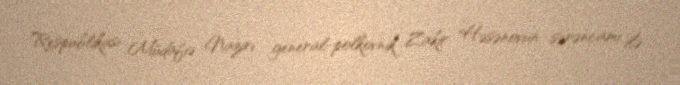
Respublikası Müdafiə Naziri general-polkovnik Zakir Həsənovun sərəncamı ilə